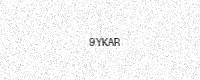
Text: 9YKAR